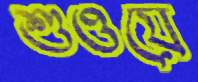
শুওয়ে